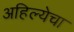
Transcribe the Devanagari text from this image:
अहिल्येचा